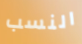
النسب